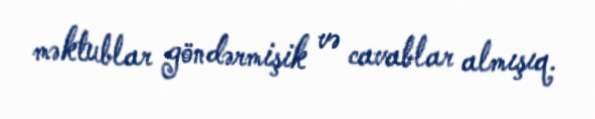
məktublar göndərmişik və cavablar almışıq.